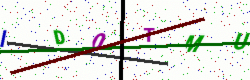
Text: ID0TMU